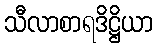
သီလာစာရဒိဋ္ဌိယာ